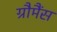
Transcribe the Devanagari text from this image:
ग्रौमैंस